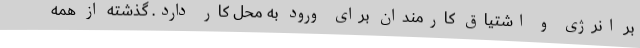
بر انرژی و اشتیاق کارمندان برای ورود به محل کار دارد. گذشته از همه